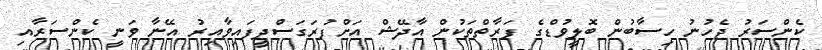
ކެންސަރު ޖެހުނު ހިސާބުން ބޮލީވުޑްގެ ފަރާތްތަކުން އާދޭޝް އަށްފުރަގަސްދީފައިވާއިރު އޭނާ ވަނީ ކެންސަރާއި